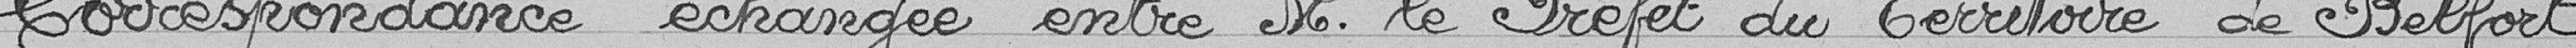
Correspondance échangée entre Monsieur Le Préfet du Territoire de Belfort